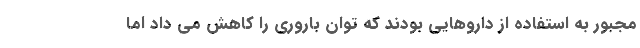
مجبور به استفاده از داروهایی بودند که توان باروری را کاهش می داد اما